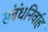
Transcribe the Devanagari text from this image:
संबंधनिर्वाह